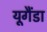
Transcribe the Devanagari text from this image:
यूगैंडा